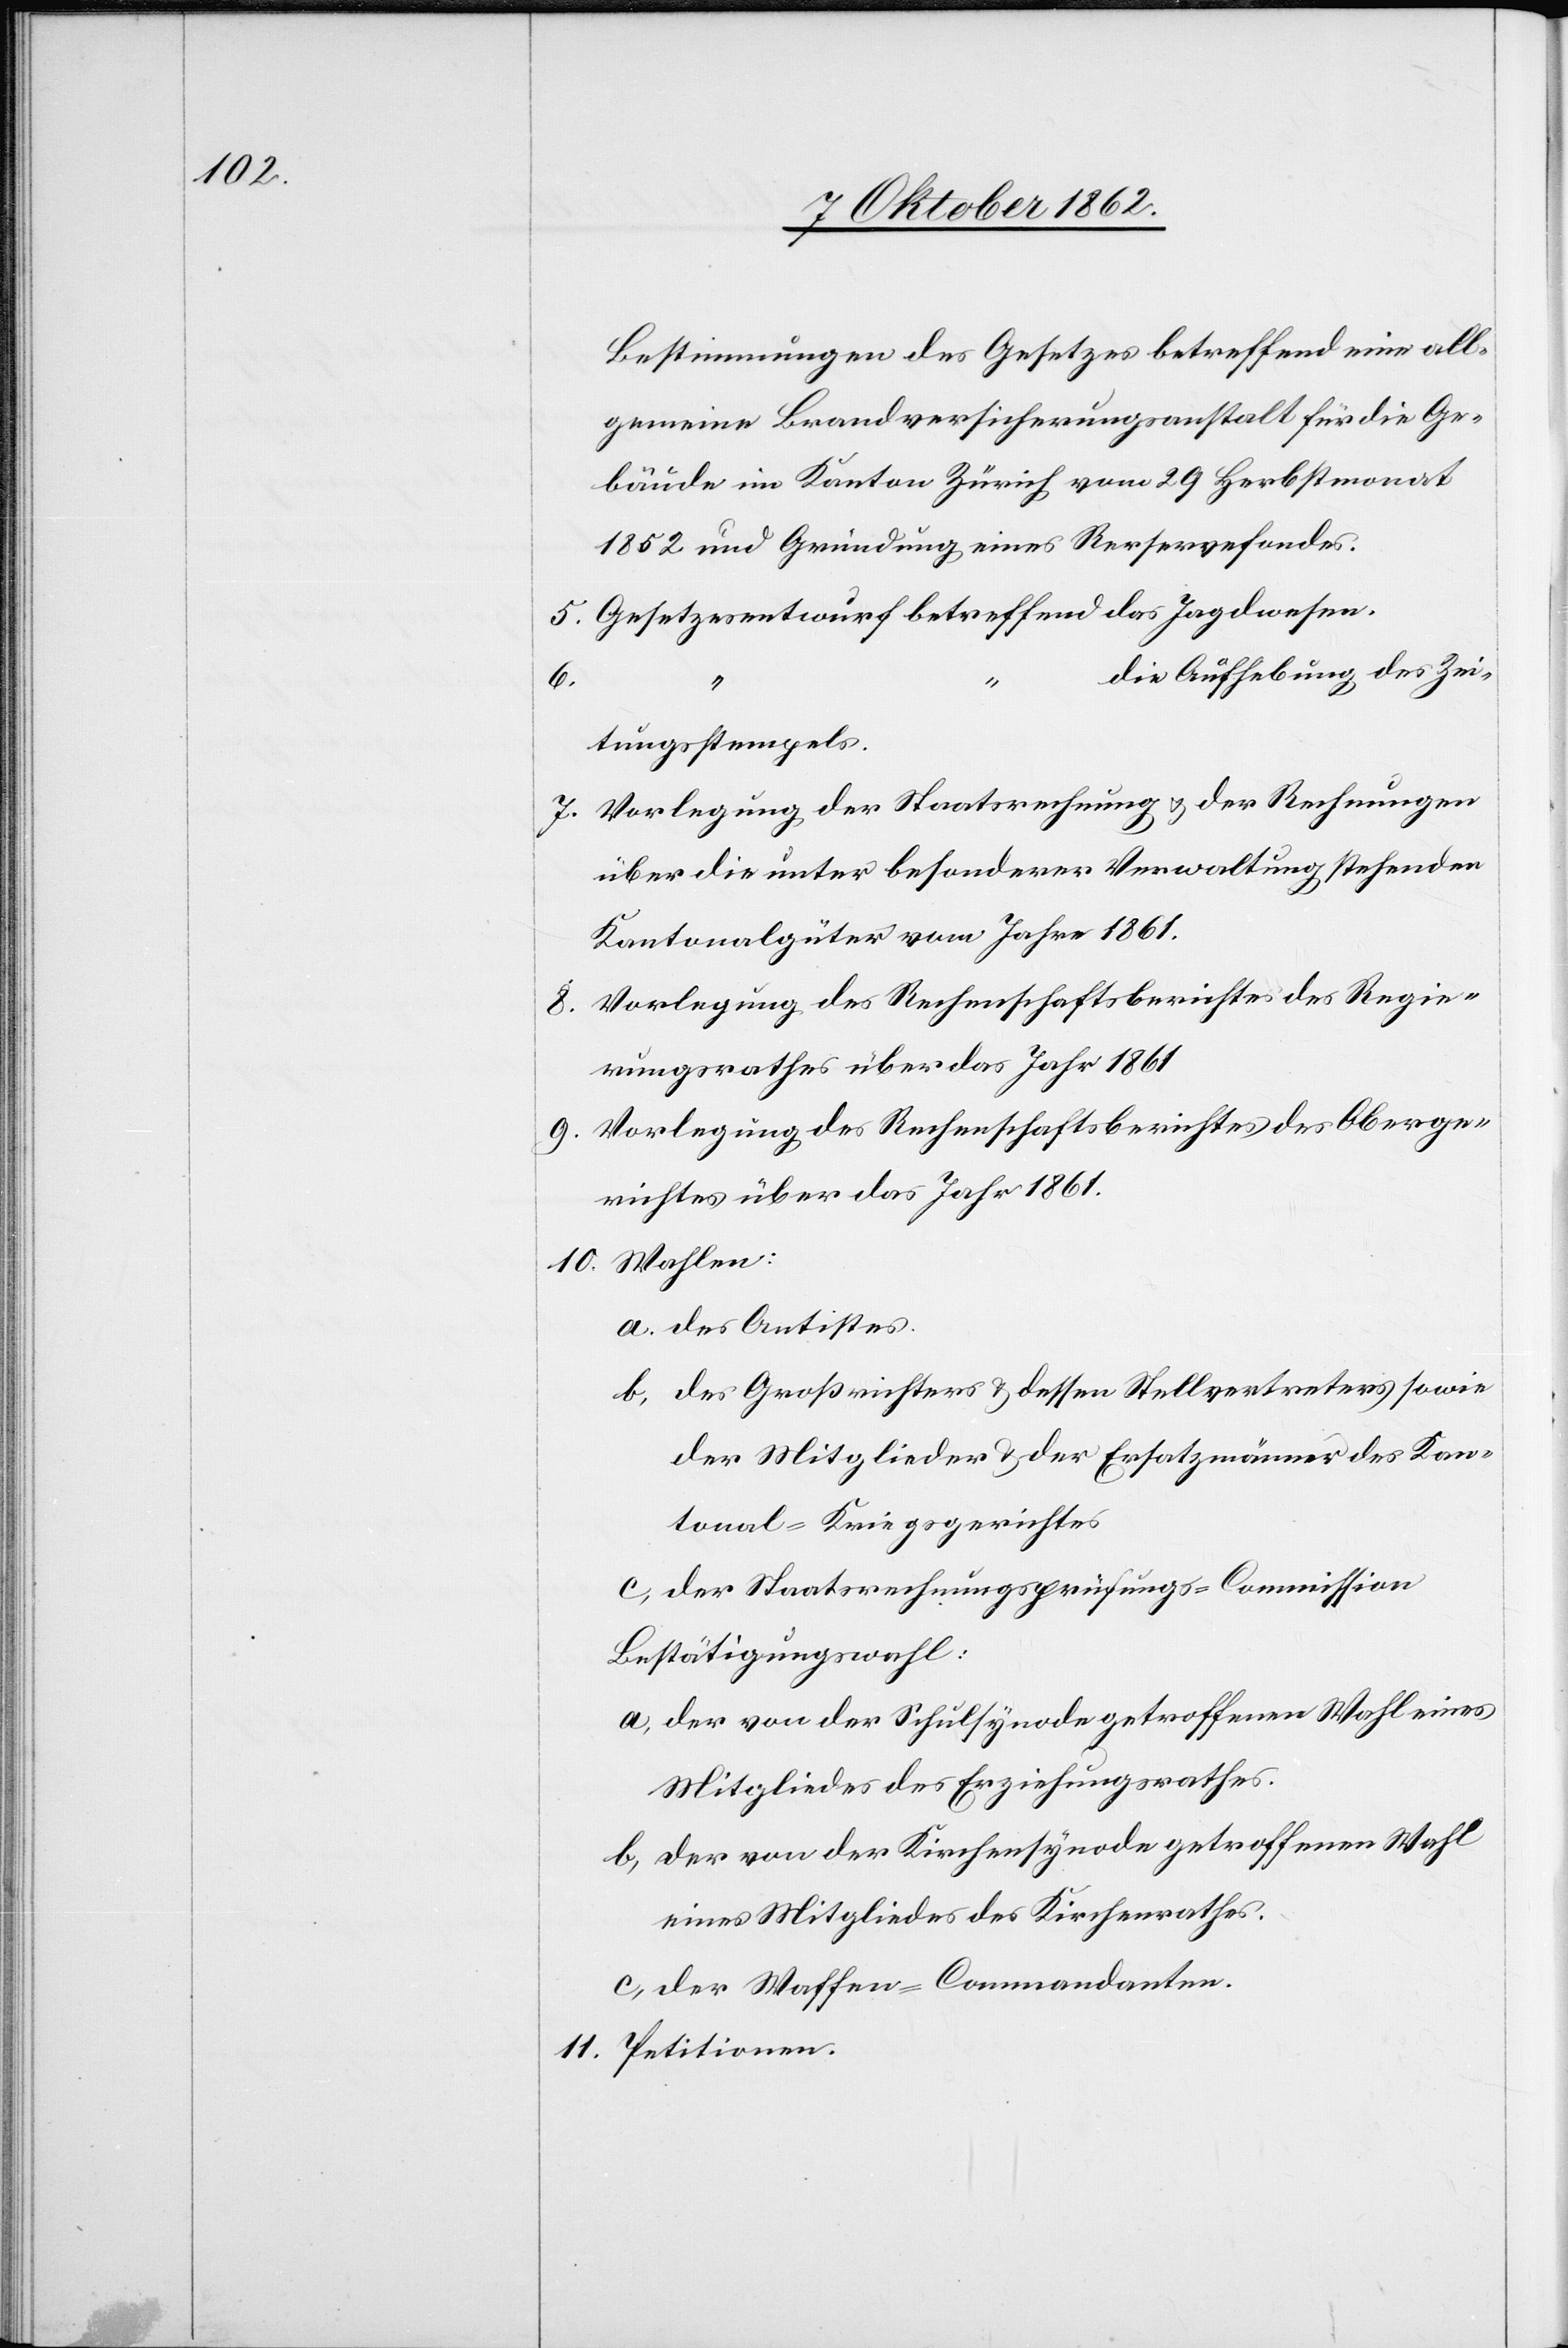
Bestimmungen des Gesetzes betreffend eine all¬
gemeine Brandversicherungsanstalt für die Ge¬
bäude im Kanton Zürich vom 29. Herbstmonat
1852 und Gemeindung eines Reservefondes.
die Aufhebung des Zei¬
6.
tungsstempels.
7. Vorlegung der Staatsrechnung u. der Rechnungen
über die unter besonderer Verwaltung stehenden
Kantonalgüter vom Jahre 1861.
8. Vorlegung des Rechenschaftsberichtes des Regie¬
rungsrathes über das Jahr 1861.
9. Vorlegung des Rechenschaftsberichtes des Oberge¬
richtes über das Jahr 1861.
10. Wahlen
a. des Antistes.
b. des Großrichters u. dessen Stellvertreters sowie
der Mitglieder u. der Ersatzmänner des Kan¬
tonal-Kriegsgerichtes.
c. der Staatsrechnungsprüfungs-Commission.
Bestätigungswahl:
a. der von der Schulsynode getroffenen Wahl eines
Mitgliedes des Erziehungsrathes.
b. der von der Kirchensynode getroffenen Wahl
eines Mitgliedes des Kirchenrathes.
c. der Waffen-Commandanten.
11. Petitionen.